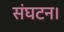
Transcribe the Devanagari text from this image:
संघटन।